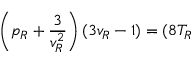
\left( p _ { R } + { \frac { 3 } { v _ { R } ^ { 2 } } } \right) ( 3 v _ { R } - 1 ) = ( 8 T _ { R }